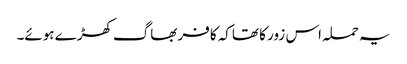
یہ حملہ اس زور کا تھاکہ کافر بھاگ کھڑے ہوئے۔